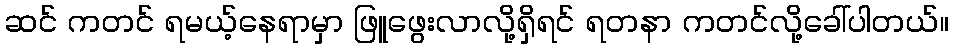
ဆင် ကတင် ရမယ့်နေရာမှာ ဖြူဖွေးလာလို့ရှိရင် ရတနာ ကတင်လို့ခေါ်ပါတယ်။